Report of the Indian Hemp Drugs Commission, 1894-1895 - Volume VII
Year: 1894
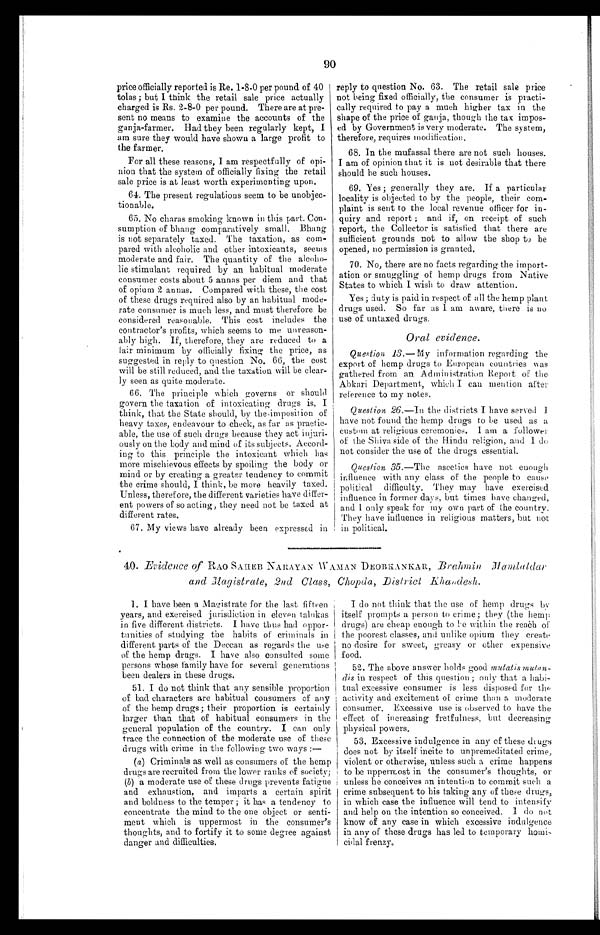
90
price officially reported is Re. 1-8-0 per pound of 40
tolas; but I think the retail sale price actually
charged is Rs. 2-8-0 per pound. There are at pr
e -
sent no means to examine the accounts of the
ganja-farmer. Had they been regularly kept, I
am sure they would have shown a large profit to
the farmer.
For all these reasons, I am respectfully of opi
-
nion that the system of officially fixing the retail
sale price is at least worth experimenting upon.
64. The present regulations seem to be unobjec
-
tionable.
65. No charas smoking known in this part. Con
-
sumption of bhang comparatively small. Bhang
is not separately taxed. The taxation, as com
-
pared with alcoholic and other intoxicants, seems
moderate and fair. The quantity of the alcoho
-
lic stimulant required by an habitual moderate
consumer costs about 5 annas per diem and that
of opium 2 annas. Compared with these, the cost
of these drugs required also by an habitual mode
-
rate consumer is much less, and must therefore be
considered reasonable. This cost includes the
contractor's profits, which seems to me unreason
-
ably high. If, therefore, they are reduced to a
f a i r m i n i m u m b y o f f i c i a l l y f i x i n g t h e p r i c e , a s
suggested in reply to question No. 66, the cost
will be still reduced, and the taxation will be clear
-
ly seen as quite moderate.
66. The principle which governs or should
govern the taxation of intoxicating drugs is, I
think, that the State should, by the imposition of
heavy taxes, endeavour to check, as far as practic
-
able, the use of such drugs because they act injuri
-
ously on the body and mind of its subjects. Accord
-
ing to this principle the intoxicant which has
more mischievous effects by spoiling the body or
mind or by creating a greater tendency to commit
the crime should, I think, be more heavily taxed.
Unless, therefore, the different varieties have differ
-
ent powers of so acting, they need not be taxed at
different rates.
6 7 . M y v i e w s h a v e a l r e a d y b e e n e x p r e s s e d i n
reply to question No. 63. The retail sale price
not being fixed officially, the consumer is practi
-
cally required to pay a much higher tax in the
shape of the price of ganja, though the tax impos
-
ed by Government is very moderate. The system,
therefore, requires modification.
68. In the mufassal there are not such houses.
I am of opinion that it is not desirable that there
should be such houses.
69. Yes; generally they are. If a particular
locality is objected to by the people, their com
-
plaint is sent to the local revenue officer for in
-
quiry and report; and if, on receipt of such
report, the Collector is satisfied that there are
sufficient grounds not to allow the shop to be
opened, no permission is granted.
70. No, there are no facts regarding the import
-
ation or smuggling of hemp drugs from Native
States to which I wish to draw attention.
Yes; duty is paid in respect of all the hemp plant
drugs used. So far as I am aware, there is no
use of untaxed drugs.
Oral evidence.
Question 13.— My information regarding the
export of hemp drugs to European countries was
gathered from an Administration Report of the
Abkari Department, which I can mention after
reference to my notes.
Question 26.—In the districts I have served I
have not found the hemp drugs to he used as a
custom at religious ceremonies. I am a follower
of the Shiva side of the Hindu religion, and I do
not consider the use of the drugs essential.
Question 35 .—The ascetics have not enough
influence with any class of the people to cause
political difficulty. They may have exercised
influence in former days, but times have changed,
a n d I o n l y s p e a k f o r m y o w n p a r t o f t h e c o u n t r y .
They have influence in religious matters, but not
in political.
40. Evidence of RAO SAHEB NARAYAN WAMAN DEOBHANKAR, Brahmin Mamlatdar
and Magistrate, 2nd Class, Chopda, District Khandesh.
1. I have been a Magistrate for the last fifteen
years, and exercised jurisdiction in eleven talukas
in five different districts. I have thus had oppor
-
tunities of studying the habits of criminals in
different parts of the Deccan as regards the use
of the hemp drugs. I have also consulted some
persons whose family have for several generations
been dealers in these drugs.
51. I do not think that any sensible proportion
of bad characters are habitual consumers of any
of the hemp drugs; their proportion is certainly
larger than that of habitual consumers in the
general population of the country. I can only
trace the connection of the moderate use of these
drugs with crime in the following two ways:
—
(a ) Criminals as well as consumers of the hemp
drugs are recruited from the lower ranks of society;
(b ) a moderate use of these drugs prevents fatigue
and exhaustion, and imparts a certain spirit
and boldness to the temper; it has a tendency to
concentrate the mind to the one object or senti
-
ment which is uppermost in the consumer's
thoughts, and to fortify it to some degree against
danger and difficulties.
I do not think that the use of hemp drugs by
itself prompts a person to crime; they (the hemp
drugs) are cheap enough to be within the reach of
the poorest classes, and unlike opium they create
no desire for sweet, greasy or other expensive
food.
52. The above answer holds good mutatis mutan
-
dis in respect of this question; only that a habi
-
tual excessive consumer is less disposed for
the
activity and excitement of crime then a moderate
consumer. Excessive use is observed to have the
effect of increasing fretfulness, but decreasing
physical powers.
53. Excessive indulgence in any of these drugs
does not by itself incite to unpremeditated crime,
violent or otherwise, unless such a crime happens
to be uppermost in the consumer's thoughts, or
unless he conceives an intention to commit such a
crime subsequent to his taking any of these drugs,
in which case the influence will tend to intensify
and help on the intention so conceived. I do not
know of any case in which excessive indulgence
in any of these drugs has led to temporary homi
-
cidal frenzy.